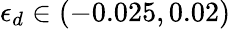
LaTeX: \epsilon_{d}\in(-0.025,0.02)